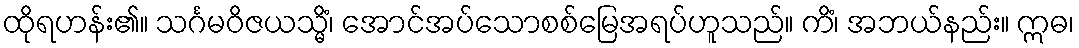
ထိုရဟန်း၏။ သင်္ဂမဝိဇယသ္မိံ၊ အောင်အပ်သောစစ်မြေအရပ်ဟူသည်။ ကိံ၊ အဘယ်နည်း။ ဣဓ၊